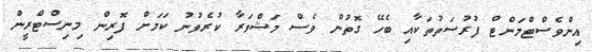
އިންވެސްޓްމަންޓް ފުރުސަތުތަކާއި ބެހޭ ގޮތުން ވެސް މަޝްވަރާ ކުރެވުނު ކަމަށް ފޮރިން މިނިސްޓްރީން